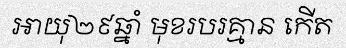
អាយុ២៩ឆ្នាំ មុខរបរគ្មាន កើត